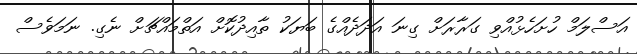
އަސްލަމް ހުށަހެޅުއްވި ގަރާރަށް ގިނަ އަދަދެއްގެ ބަޔަކު ތާއިދުކޮށް އަތްމައްޗަށް ނެގި. ނަމަވެސް